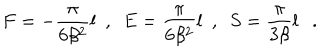
LaTeX: F = - { \frac { \pi } { 6 \beta ^ { 2 } } } { l } ~ ~ , ~ ~ E = { \frac { \pi } { 6 \beta ^ { 2 } } } { l } ~ ~ , ~ ~ S = { \frac { \pi } { 3 \beta } } { l } .